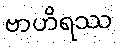
ဗာဟိရဿ